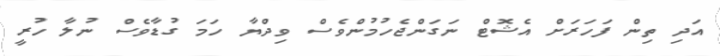
އަދި ތިން ފަހަރަށް އެޝޮޓް ނަގަންޖެހުމުންވެސް ވިދްޔާ ހަމަ ގުޑާވެސް ނުލާ ހުރީ